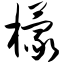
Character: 檬